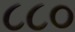
૮૮૦